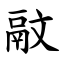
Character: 䰚